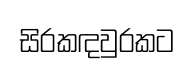
සිරකඳවුරකට